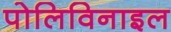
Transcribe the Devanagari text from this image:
पोलिविनाइल